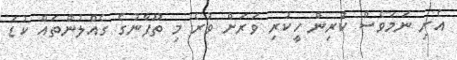
އެރި ނަމަވެސް ކުރިން ހީކުރި ވަރަށް ވުރެ މި ތޫފާނުގެ ގެއްލުންތައް ކުޑަ